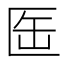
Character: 𠤸